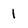
Character: 1